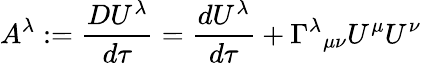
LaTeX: A^{\lambda}:={\frac{DU^{\lambda}}{d\tau}}={\frac{dU^{\lambda}}{d\tau}}+\Gamma^{\lambda}{}_{\mu\nu}U^{\mu}U^{\nu}